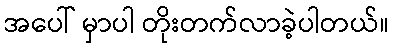
အပေါ် မှာပါ တိုးတက်လာခဲ့ပါတယ်။